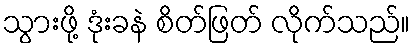
သွားဖို့ ဒုံးခနဲ စိတ်ဖြတ် လိုက်သည်။